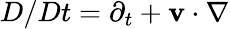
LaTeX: D/Dt=\partial_{t}+{\mathbf v}\cdot\nabla